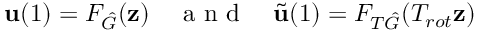
\mathbf { u } ( 1 ) = F _ { \hat { G } } ( \mathbf { z } ) \quad \mathrm { ~ a ~ n ~ d ~ } \quad \tilde { \mathbf { u } } ( 1 ) = F _ { T \hat { G } } ( T _ { r o t } \mathbf { z } )